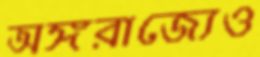
অঙ্গরাজ্যেও